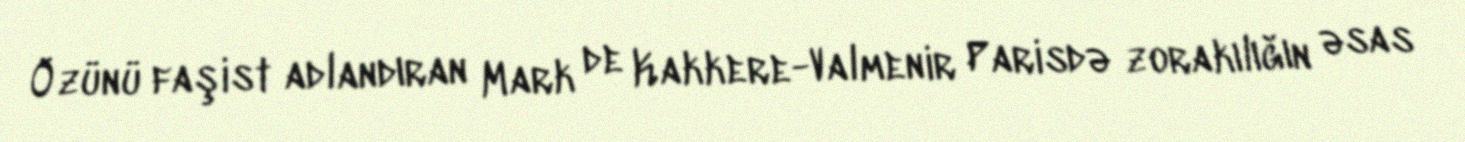
Özünü faşist adlandıran Mark de Kakkere-Valmenir Parisdə zorakılığın əsas